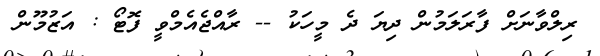
ރިލްވާނަށް ފާރަލަމުން ދިޔަ ދެ މީހަކު -- ރާއްޖެއެމްވީ ފޮޓޯ : އަޒުމޫން